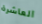
العاشرة